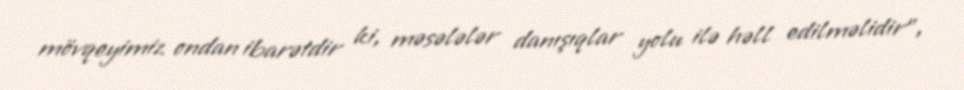
mövqeyimiz ondan ibarətdir ki, məsələlər danışıqlar yolu ilə həll edilməlidir”,